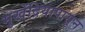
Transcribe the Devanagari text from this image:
मुखेंद्रियापासून